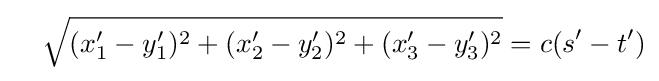
\quad {\sqrt {(x'_{1}-y'_{1})^{2}+(x'_{2}-y'_{2})^{2}+(x'_{3}-y'_{3})^{2}}}=c(s'-t')